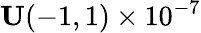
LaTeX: \mathbf{U}(-1,1)\times 10^{-7}